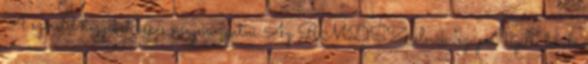
A szeretet hegyeket képes megmozgatni Az RMDSZ-elnök "szuper-nyílt" levele